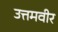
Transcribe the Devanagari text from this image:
उत्तमवीर